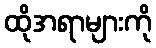
ထိုအရာများကို